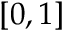
[ 0 , 1 ]